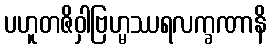
ပဟူတဇိဝှါဗြဟ္မဿရလက္ခဏာနိ